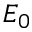
E _ { 0 }